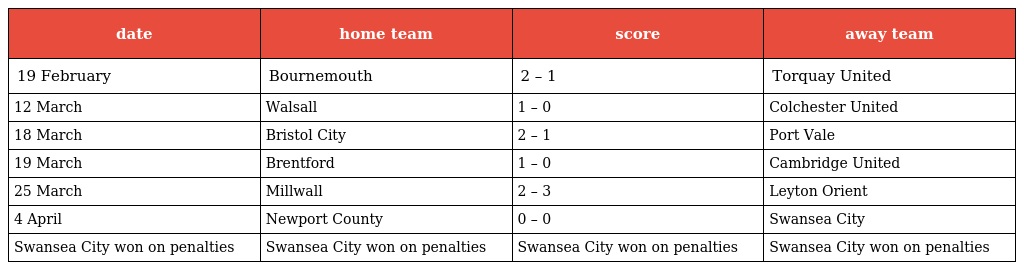
| date | home team | score | away team |
 | --- | --- | --- | --- |
 | 19 February | Bournemouth | 2 – 1 | Torquay United |
 | 12 March | Walsall | 1 – 0 | Colchester United |
 | 18 March | Bristol City | 2 – 1 | Port Vale |
 | 19 March | Brentford | 1 – 0 | Cambridge United |
 | 25 March | Millwall | 2 – 3 | Leyton Orient |
 | 4 April | Newport County | 0 – 0 | Swansea City |
 | Swansea City won on penalties | Swansea City won on penalties | Swansea City won on penalties | Swansea City won on penalties |